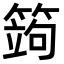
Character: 䈮